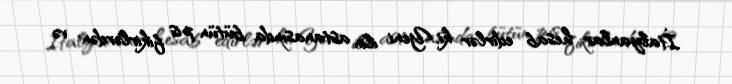
İtalyanlar hesab edirlər ki, Yeni ilin astanasında bütün pis fikirlərdən və